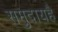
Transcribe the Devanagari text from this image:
समुदायहै